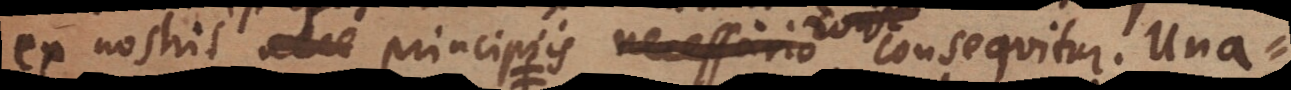
ex nostris principiis necessario consequitur. Una